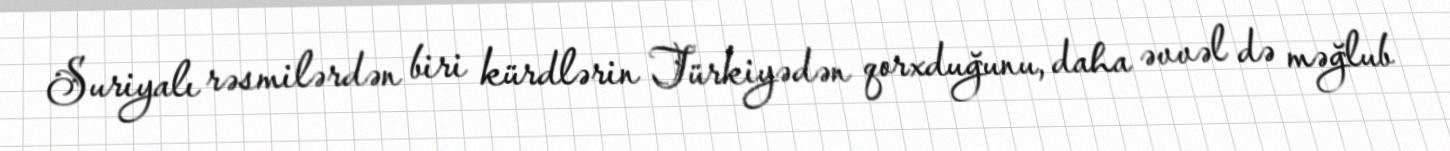
Suriyalı rəsmilərdən biri kürdlərin Türkiyədən qorxduğunu, daha əvvəl də məğlub